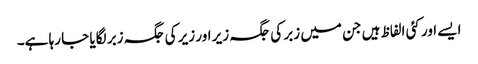
ایسے اور کئی الفاظ ہیں جن میں زبر کی جگہ زیر اور زیر کی جگہ زبر لگایا جا رہا ہے۔